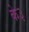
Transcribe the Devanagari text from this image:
के३